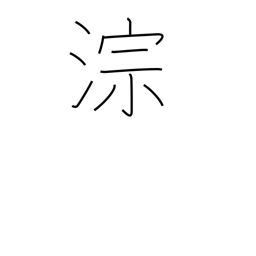
Meaning: sound of running water